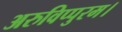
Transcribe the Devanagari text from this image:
अरुविप्पुरम।